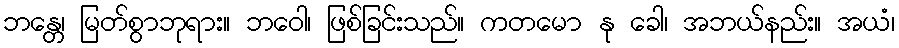
ဘန္တေ၊ မြတ်စွာဘုရား။ ဘဝေါ၊ ဖြစ်ခြင်းသည်။ ကတမော နု ခေါ၊ အဘယ်နည်း။ အယံ၊